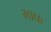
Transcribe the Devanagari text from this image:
भाफ